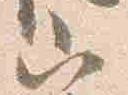
山